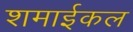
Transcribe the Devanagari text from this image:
शमाईकल